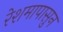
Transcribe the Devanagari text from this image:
रेशमापासुन